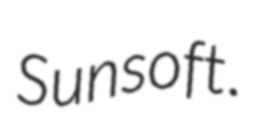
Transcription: Sunsoft.